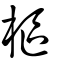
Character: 樞